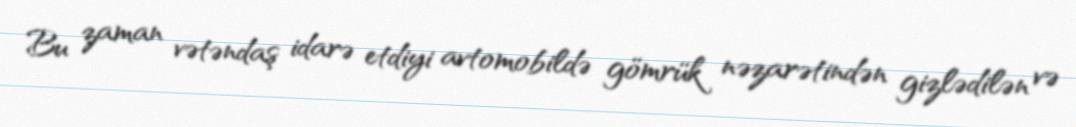
Bu zaman vətəndaş idarə etdiyi avtomobildə gömrük nəzarətindən gizlədilən və